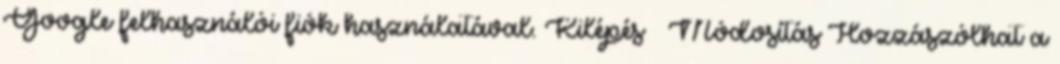
Google felhasználói fiók használatával. Kilépés Módosítás Hozzászólhat a